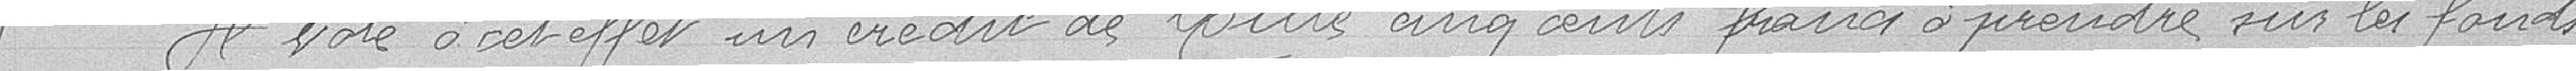
Il vote à cet effet un crédit de Mille cinq cents francs à prendre sur les fonds